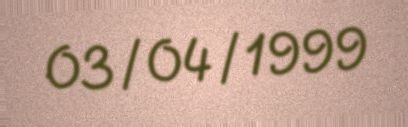
03/04/1999